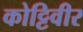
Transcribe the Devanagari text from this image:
कोट्टिवीर